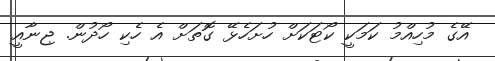
އޭގެ މުހިއްމު ކަމަކީ ކޯޓަކަށް ހުށަހެޅޭ ގޮތަށް އެ ހެކި ހޯދުން. ޖިނާއީ